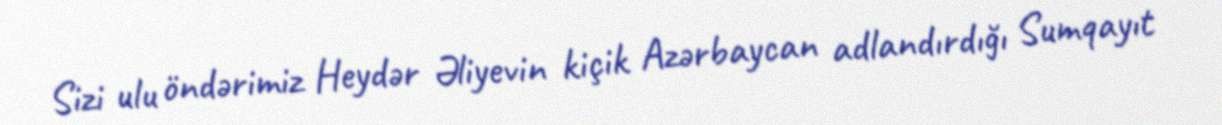
Sizi ulu öndərimiz Heydər Əliyevin kiçik Azərbaycan adlandırdığı Sumqayıt